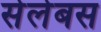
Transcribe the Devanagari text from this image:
सेलेबस